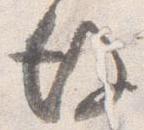
後